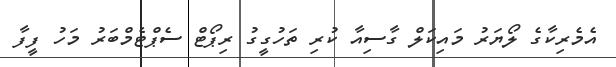
އެމެރިކާގެ ލޯޔަރު މައިކަލް ގާސިއާ ކުރި ތަހުގީގު ރިޕޯޓް ސެޕްޓެމްބަރު މަހު ފީފާ